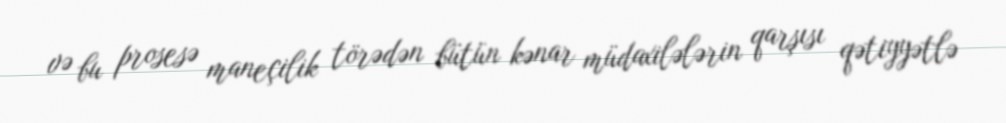
və bu prosesə maneçilik törədən bütün kənar müdaxilələrin qarşısı qətiyyətlə